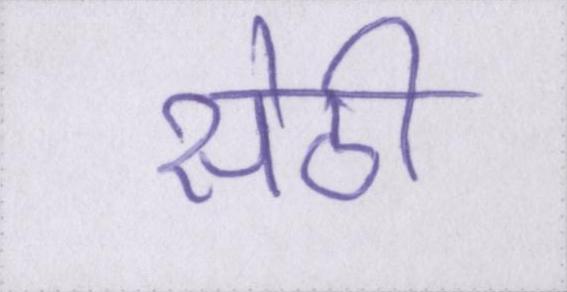
सेठी